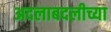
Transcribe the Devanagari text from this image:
अदलाबदलीच्या